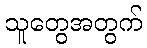
သူတွေအတွက်